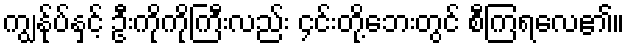
ကျွန်ုပ်နှင့် ဦးကိုကိုကြီးလည်း ၄င်းတို့ဘေးတွင် စီကြရလေ၏။